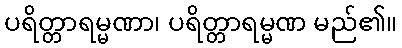
ပရိတ္တာရမ္မဏာ၊ ပရိတ္တာရမ္မဏ မည်၏။